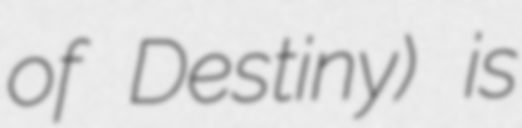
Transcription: of Destiny) is